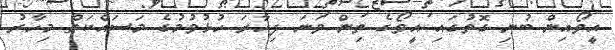
އީވޯއިން ބުނި ގޮތުގައި އީވޯގެ ތިން ވަނަ ފިހާރަ ހުޅުވުމުގެ މަސައްކަތް މިހާރު